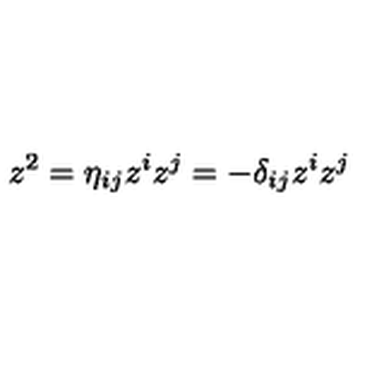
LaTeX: z ^ { 2 } = \eta _ { i j } z ^ { i } z ^ { j } = - \delta _ { i j } z ^ { i } z ^ { j }